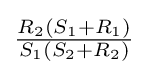
{\tfrac {R_{2}(S_{1}+R_{1})}{S_{1}(S_{2}+R_{2})}}